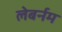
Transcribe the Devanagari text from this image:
लेबर्नम